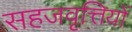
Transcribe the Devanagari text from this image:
सहजवृत्तियों